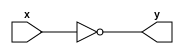
module not_g (output y, input x);    	//Gates built using the universal gate NAND
   nand (y, x, x);
endmodule
 
module and_g (output x, input A, B);
   wire a;
        	nand (a, A, B);
        	nand (x, a, a);
endmodule
 
module or_g (output x, input C, D);
   wire a, b;
        	nand (a, C, C);
        	nand (b, D, D);
        	nand (x, a, b);
endmodule
 
module mux_2_1 (output Y, input I0, I1, S);    //Submodule for Multiplexer used to check if BCD number is valid

   wire a, b, c;
	not_g n1 (a,S);
	
	and_g a1 (b, I0, a);
	and_g a2 (c, I1, S);
	
	or_g o1 (Y, b, c);
endmodule

module sr_latch (output Q, Q_bar, input S, R);

     wire x;
	  wire temp, bar_temp;
	  
	  and_g a1 (x, S, R);         //Used to check if both S and R are 1, then it will display X since it is an invalid case
	  
	  nor (temp, R, bar_temp);
	  nor (bar_temp, S, temp);
	  
	  mux_2_1 m1 (.Y(Q), .I0(temp), .I1(1'bx), .S(x));
	  mux_2_1 m2 (.Y(Q_bar), .I0(bar_temp), .I1(1'bx), .S(x));
	  
endmodule